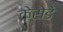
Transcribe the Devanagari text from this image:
केसेडे